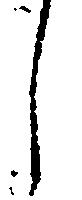
し